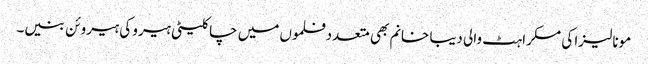
مونا لیزا کی مسکراہٹ والی دیبا خانم بھی متعددفلموں میں چاکلیٹی ہیرو کی ہیروئن بنیں۔